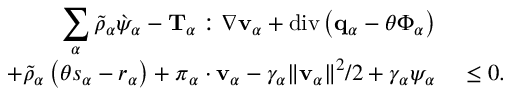
\begin{array} { r l } { \displaystyle \sum _ { \alpha } \tilde { \rho } _ { \alpha } \grave { \psi } _ { \alpha } - \mathbf { T } _ { \alpha } : \nabla \mathbf { v } _ { \alpha } + \mathrm { d i v } \left( \mathbf { q } _ { \alpha } - \theta \boldsymbol { \Phi } _ { \alpha } \right) } & { } \\ { + \tilde { \rho } _ { \alpha } \left( \theta s _ { \alpha } - r _ { \alpha } \right) + \boldsymbol { \pi } _ { \alpha } \cdot \mathbf { v } _ { \alpha } - \gamma _ { \alpha } \| \mathbf { v } _ { \alpha } \| ^ { 2 } / 2 + \gamma _ { \alpha } \psi _ { \alpha } } & { ~ \leq 0 . } \end{array}